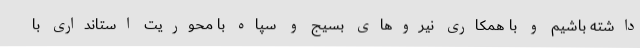
داشته باشیم و با همکاری نیروهای بسیج و سپاه با محوریت استانداری با